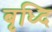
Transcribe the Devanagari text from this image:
बृध्दि